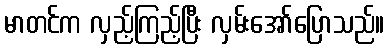
မာတင်က လှည့်ကြည့်ပြီး လှမ်းအော်ပြောသည်။